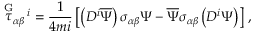
\stackrel { \mathrm { G } } { \tau } _ { \alpha \beta } { } ^ { \! i } = \frac { 1 } { 4 m i } \left[ \left( D ^ { i } \overline { { { \Psi } } } \right) \sigma _ { \alpha \beta } \Psi - \overline { { { \Psi } } } \sigma _ { \alpha \beta } \left( D ^ { i } \Psi \right) \right] \, ,